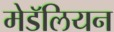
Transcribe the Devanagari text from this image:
मेडॅलियन